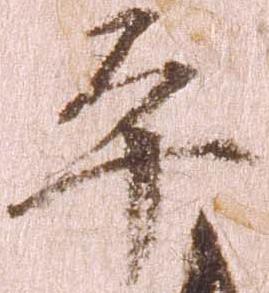
平